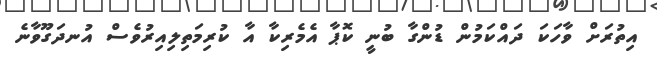
އިތުރަށް ވާހަކަ ދައްކަމުން ޑުންގާ ބުނީ ކޮޕާ އެމެރިކާ އާ ކުރިމަތިލިއިރުވެސް އުނދަގޫވާނެ